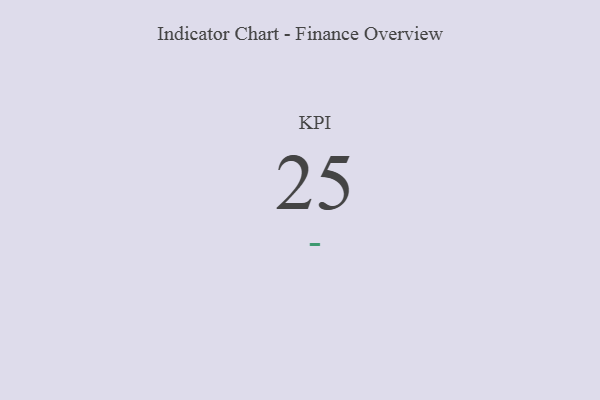
{"axis": {"x": "KPI", "y": "Value"}, "legend": [""], "data": [{"x": "KPI", "y": 25, "type": ""}]}